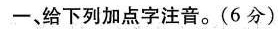
一、给下列加点字注音。(6分)